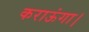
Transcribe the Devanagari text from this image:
कराऊंगा।